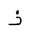
Letter: _zay